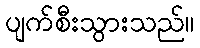
ပျက်စီးသွားသည်။